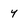
Character: 4